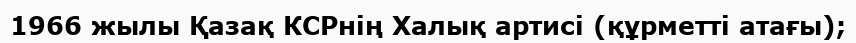
1966 жылы Қазақ КСРнің Халық артисі (құрметті атағы);